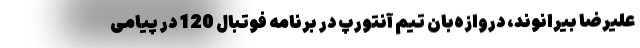
علیرضا بیرانوند، دروازه‌بان تیم آنتورپ در برنامه فوتبال 120 در پیامی